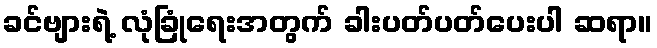
ခင်ဗျားရဲ့ လုံခြုံရေးအတွက် ခါးပတ်ပတ်ပေးပါ ဆရာ။